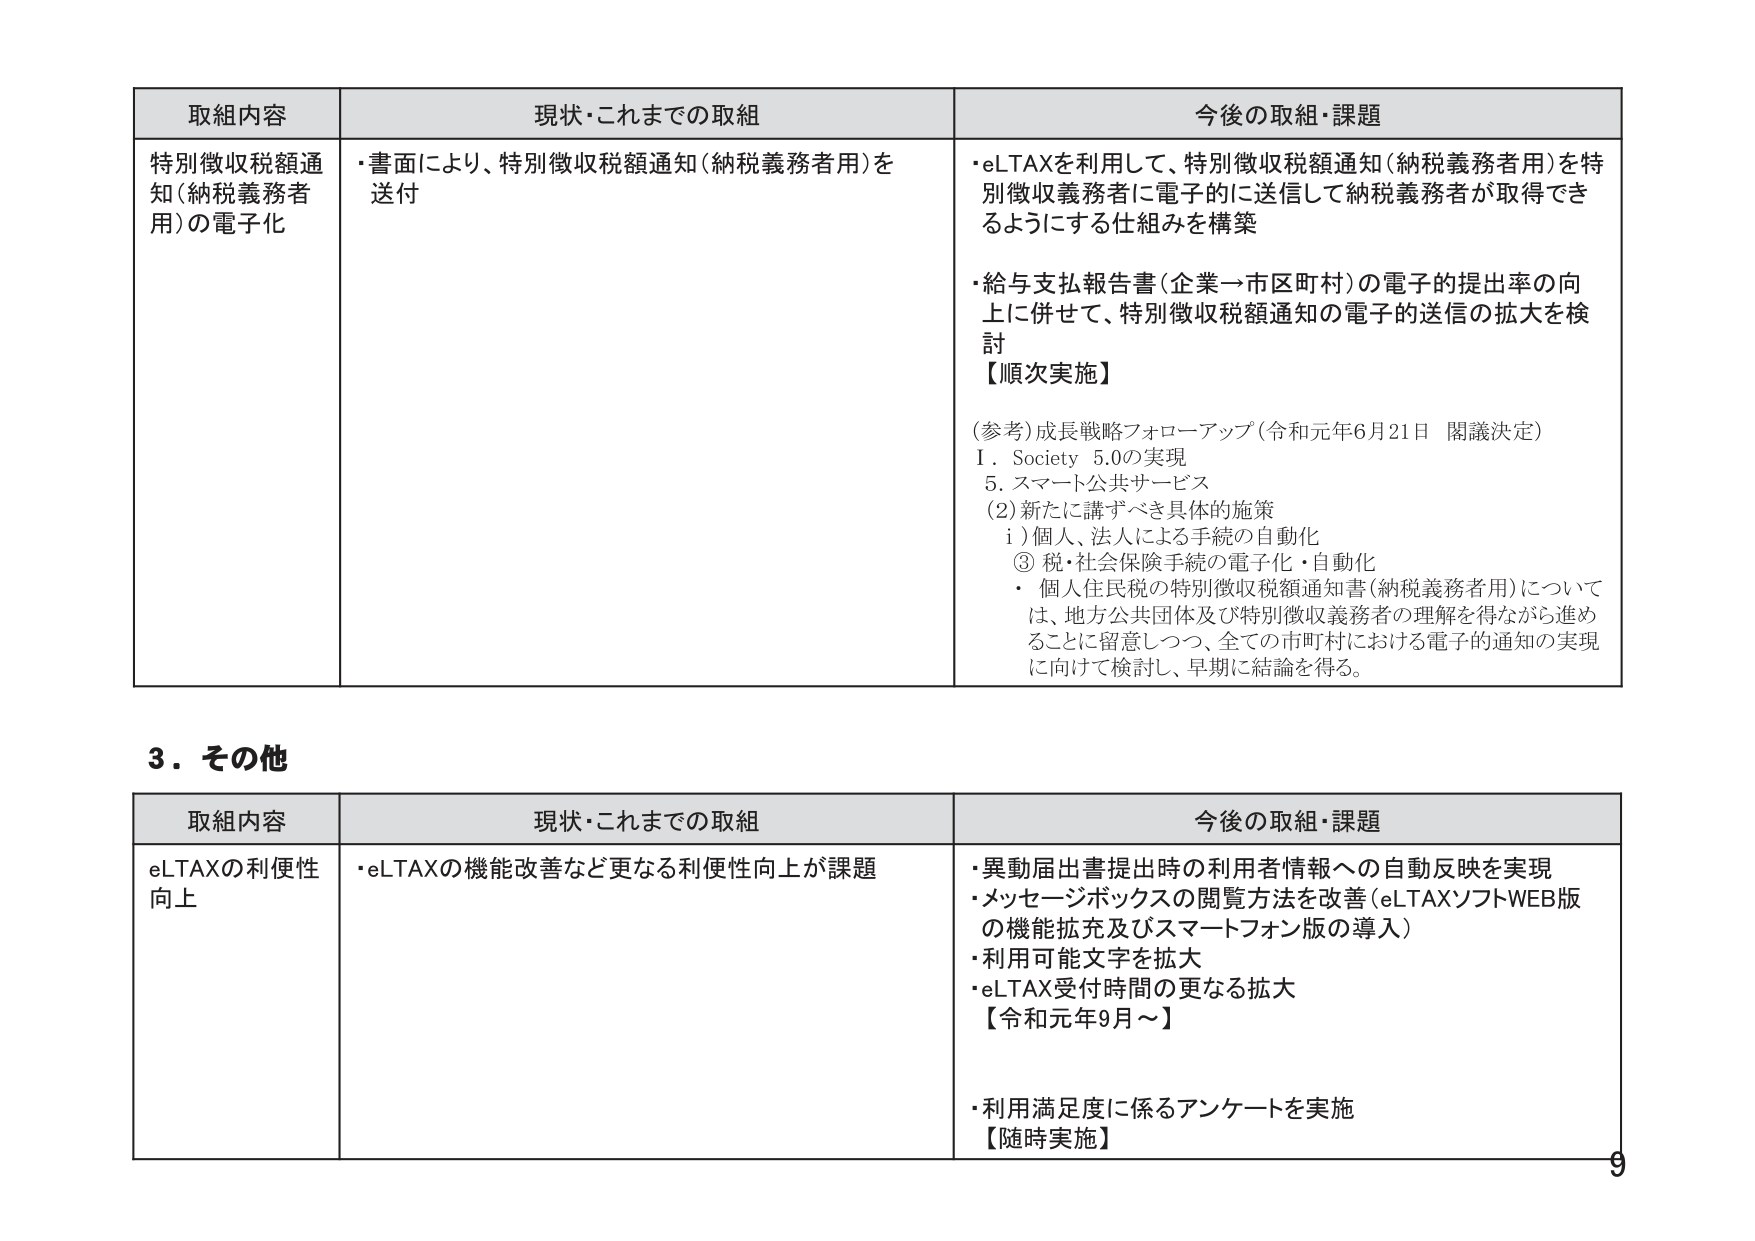
取組内容　　現状・これまでの取組　　今後の取組・課題
特別徴収税額通知（納税義務者用）の電子化　　・書面により、特別徴収税額通知（納税義務者用）を送付　　・eLTAXを利用して、特別徴収税額通知（納税義務者用）を特別徴収義務者に電子的に送信して納税義務者が取得できるようにする仕組みを構築
・給与支払報告書（企業→市区町村）の電子的提出率の向上に併せて、特別徴収税額通知の電子的送信の拡大を検討
【順次実施】
（参考）成長戦略フォローアップ（令和元年6月21日 閣議決定）
Ⅰ．Society 5.0の実現
5．スマート公共サービス
（2）新たに講ずべき具体的施策
　i）個人、法人による手続の自動化
　　③ 税・社会保険手続の電子化・自動化
　　　・ 個人住民税の特別徴収税額通知書（納税義務者用）については、地方公共団体及び特別徴収義務者の理解を得ながら進めることに留意しつつ、全ての市町村における電子的通知の実現に向けて検討し、早期に結論を得る。

3．その他
取組内容　　現状・これまでの取組　　今後の取組・課題
eLTAXの利便性向上　　・eLTAXの機能改善など更なる利便性向上が課題　　・異動届出書提出時の利用者情報への自動反映を実現
・メッセージボックスの閲覧方法を改善（eLTAXソフトWEB版の機能拡充及びスマートフォン版の導入）
・利用可能文字を拡大
・eLTAX受付時間の更なる拡大
【令和元年9月～】
・利用満足度に係るアンケートを実施
【随時実施】
9